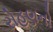
રોહણનો